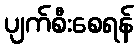
ပျက်စီးစေရန်